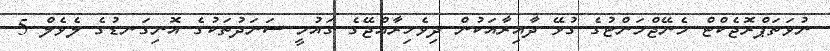
ނުވަތަޕްރޮޖެކްޓް މެނޭޖްމަންޓުގެ ގުޅޭ ދާއިރާއަކުން ދިވެހިރާއްޖޭގެ ގައުމީ ސަނަދުތަކުގެ އޮނިގަނޑުގެ ލެވެލް 5